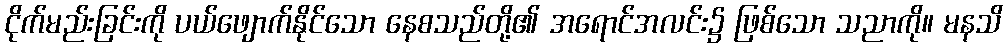
ငိုက်မည်းခြင်းကို ပယ်ဖျောက်နိုင်သော နေစသည်တို့၏ အရောင်အလင်း၌ ဖြစ်သော သညာကို။ မနသိ